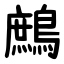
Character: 鷓